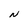
Character: N